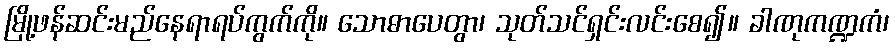
မြို့ဖန်ဆင်းမည်နေရာရပ်ကွက်ကို။ သောဓာပေတွာ၊ သုတ်သင်ရှင်းလင်းစေ၍။ ခါဏုကဏ္ဍကံ၊